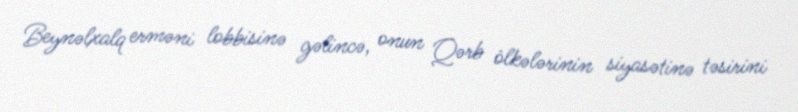
Beynəlxalq erməni lobbisinə gəlincə, onun Qərb ölkələrinin siyasətinə təsirini